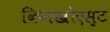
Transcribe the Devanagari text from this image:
किनखोएस्ट